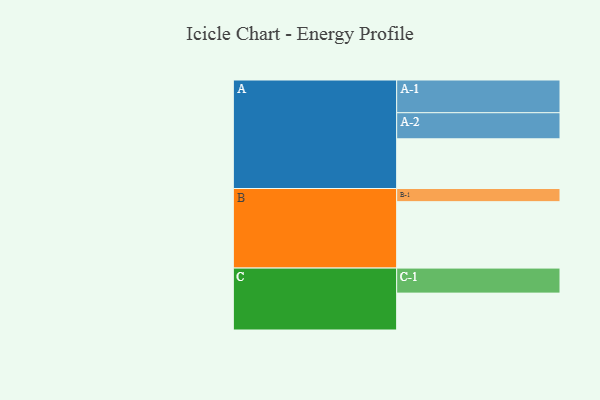
{"axis": {"x": "Segment", "y": "Value"}, "legend": ["", "A", "B", "C"], "data": [{"x": "A", "y": 419, "type": ""}, {"x": "B", "y": 560, "type": ""}, {"x": "C", "y": 311, "type": ""}, {"x": "A-1", "y": 276, "type": "A"}, {"x": "A-2", "y": 220, "type": "A"}, {"x": "B-1", "y": 111, "type": "B"}, {"x": "C-1", "y": 211, "type": "C"}]}